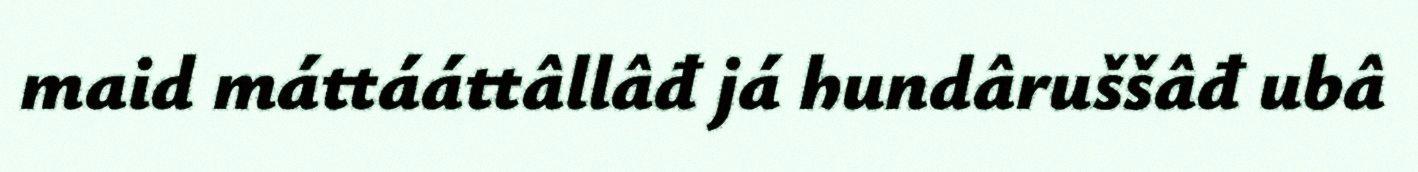
maid máttááttâllâđ já hundâruššâđ ubâ